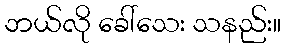
ဘယ်လို ခေါ်သေး သနည်း။